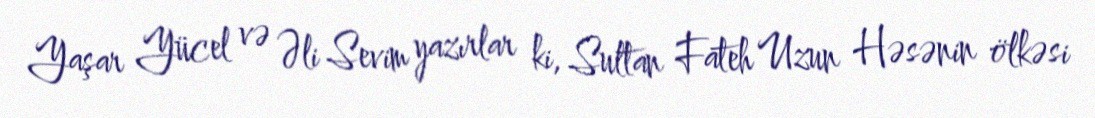
Yaşar Yücel və Əli Sevim yazırlar ki, Sultan Fateh Uzun Həsənin ölkəsi